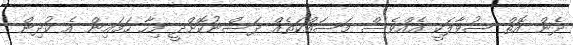
ދެން އޮތް ސުވާލަކީ އެއްވެސް މަސައްކަތެއް ދަސްނުކޮށްދީ މިހާ ހަމައިން އެ ކުދިން